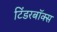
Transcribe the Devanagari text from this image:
टिंडरबॉक्स